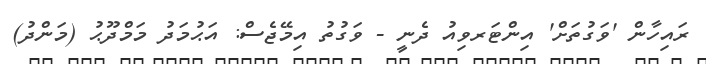
ރައިހާން 'ވަގުތަށް' އިންޓަރވިއު ދެނީ - ވަގުތު އިމޭޖެސް: އަޙުމަދު މަމްދޫޙު (މަންދު)